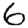
Digit: 6